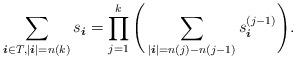
LaTeX: \begin{align*} \sum_{\boldsymbol{i} \in T, | \boldsymbol{i} | = n(k) } s_{ \boldsymbol{i} } = \prod_{j=1}^k \Bigg( \sum_{| \boldsymbol{i} | = n(j) - n(j-1) } s^{(j-1)}_{ \boldsymbol{i} } \Bigg) .\end{align*}